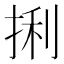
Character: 𪭼